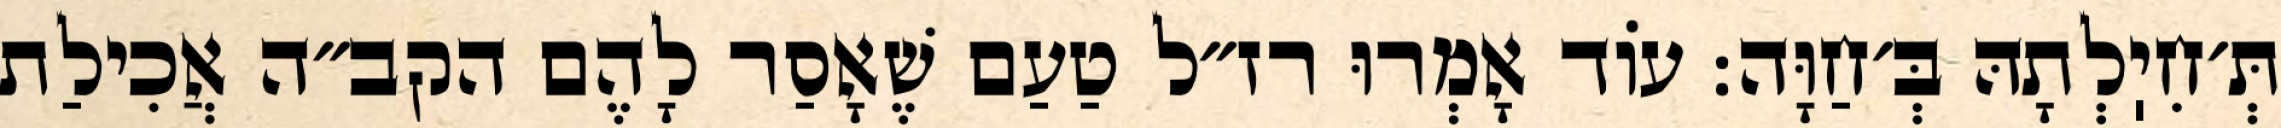
תְּ׳חִיֽלְתָהּ בְּ׳חַוָּה: עוֹד אָמְרוּ רז״ל טַעַם שֶׁאָסַר לָהֶם הקב״ה אֲכִילַת